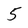
Character: 5